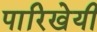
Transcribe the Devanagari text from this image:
पारिखेयी